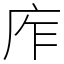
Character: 㡸